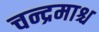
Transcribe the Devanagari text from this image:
चन्द्रमाश्च